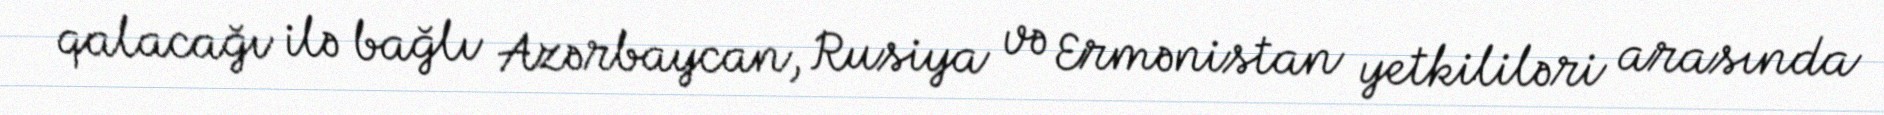
qalacağı ilə bağlı Azərbaycan, Rusiya və Ermənistan yetkililəri arasında